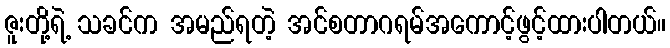
ဇူးတို့ရဲ့ သခင်က အမည်ရတဲ့ အင်စတာဂရမ်အကောင့်ဖွင့်ထားပါတယ်။